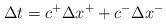
\begin{align*}\Delta t = c^+\Delta x^++c^-\Delta x^-\end{align*}